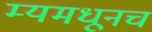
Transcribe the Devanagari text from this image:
म्यमधूनच